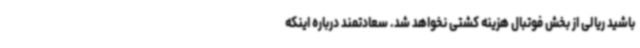
باشید ریالی از بخش فوتبال هزینه کشتی نخواهد شد. سعادتمند درباره اینکه